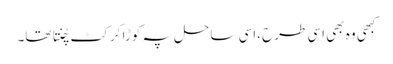
کبھی وہ بھی اسی طرح ،اسی ساحل پہ کوڑا کرکٹ چُنتا تھا۔